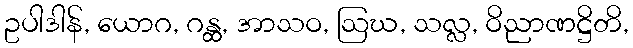
ဥပါဒါန်, ယောဂ, ဂန္ထ, အာသဝ, ဩဃ, သလ္လ, ဝိညာဏဋ္ဌိတိ,